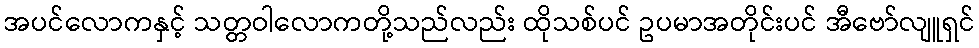
အပင်လောကနှင့် သတ္တဝါလောကတို့သည်လည်း ထိုသစ်ပင် ဥပမာအတိုင်းပင် အီဗော်လျူရှင်